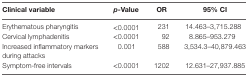
<table><thead><tr><td><b>Clinical variable</b></td><td><b><i>p</i>-Value</b></td><td><b>OR</b></td><td><b>95% CI</b></td></tr></thead><tbody><tr><td>Erythematous pharyngitis</td><td>&lt;0.0001</td><td>231</td><td>14.463–3,715.288</td></tr><tr><td>Cervical lymphadenitis</td><td>&lt;0.0001</td><td>92</td><td>8.865–953.279</td></tr><tr><td>Increased inflammatory markers during attacks</td><td>0.001</td><td>588</td><td>3,534.3–40,879.463</td></tr><tr><td>Symptom-free intervals</td><td>&lt;0.0001</td><td>1202</td><td>12.631–27,937.885</td></tr></tbody></table>